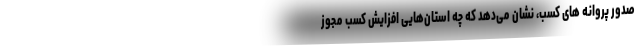
صدور پروانه های کسب، نشان می‌دهد که چه استان‌هایی افزایش کسب مجوز